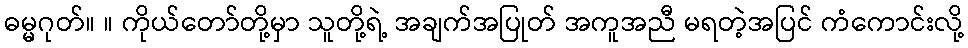
ဓမ္မဂုတ်။ ။ ကိုယ်တော်တို့မှာ သူတို့ရဲ့ အချက်အပြုတ် အကူအညီ မရတဲ့အပြင် ကံကောင်းလို့